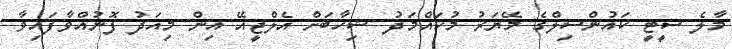
މާލެ ސީޓީ ކައުންސިލްގެ މޭޔަރު މުހައްމަދު ޝިހާބަށް އެލްޖީއޭ އިން މިއަދު ފޮނުއްވާފައިވާ